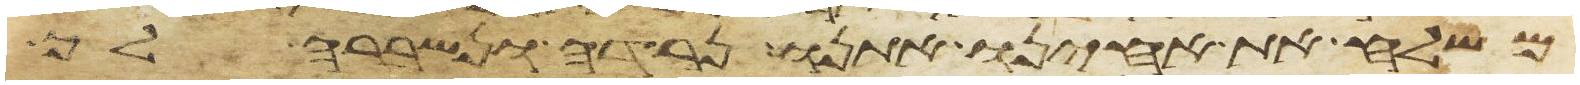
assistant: משלח את אחינו אתנו נרדה ונשברה לך